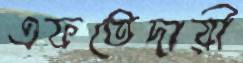
এফতেদায়ী